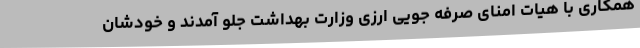
همکاری با هیات امنای صرفه جویی ارزی وزارت بهداشت جلو آمدند و خودشان